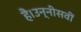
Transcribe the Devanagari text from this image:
है।उन्नीसवीं